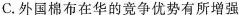
C.外国棉布在华的竞争优势有所增强